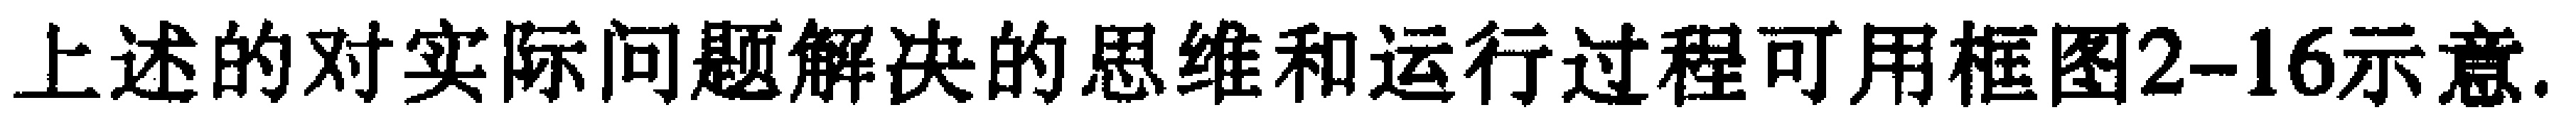
上述的对实际问题解决的思维和运行过程可用框图2-16示意.